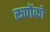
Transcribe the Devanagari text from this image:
रूपोंको